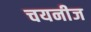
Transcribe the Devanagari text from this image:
चयनीज